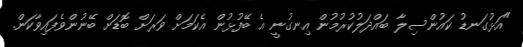
"އަޅުގަނޑު ކައުންސިލާ ބައްދަލުކުރުމުން އިނގުނީ އެ ބޭފުޅުން އެކަމަށް ވަރަށް ބޮޑަށް ބޭނުންވެފައިވާކަން.